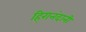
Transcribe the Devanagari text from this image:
हि्रानंदानी